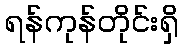
ရန်ကုန်တိုင်းရှိ